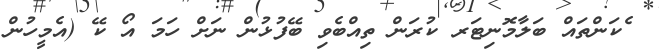
ެކަންތައް ބަލާމޮނިޓަރ ކުރަން ތިއްބެވި ބޭފުޅުން ނަށް ހަމަ އޯ ކޭ (އެމީހުން